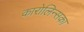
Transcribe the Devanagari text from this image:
कारोलिन्सका